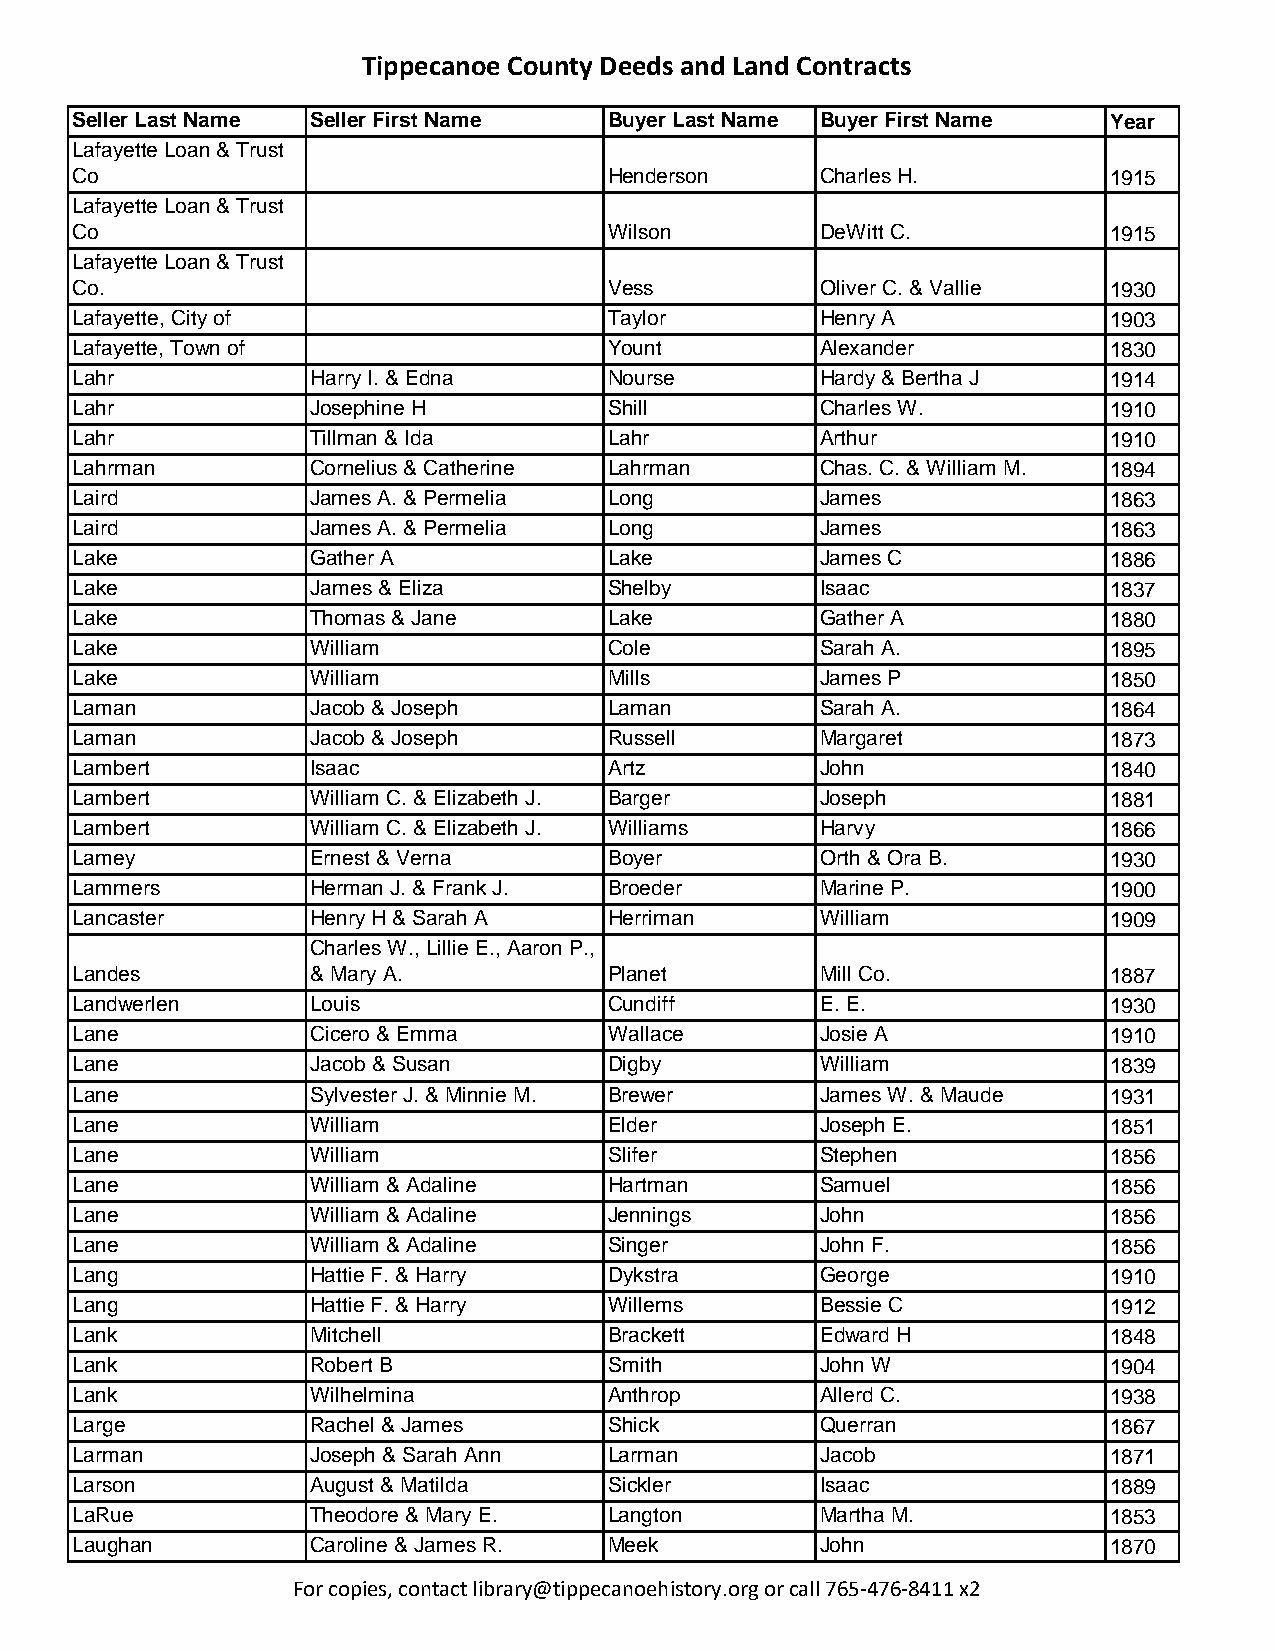
Tippecanoe County Deeds and Land Contracts
 Seller Last Name Seller First Name Buyer Last Name Buyer First Name Year
 Lafayette Loan & Trust
 Co                                 Henderson     Charles H.         1915
 Lafayette Loan & Trust
 Co                                 Wilson        DeWitt C.          1915
 Lafayette Loan & Trust
 Co.                                Vess          Oliver C. & Vallie 1930
 Lafayette, City of                 Taylor        Henry A            1903
 Lafayette, Town of                 Yount         Alexander          1830
 Lahr            Harry I. & Edna    Nourse        Hardy & Bertha J   1914
 Lahr            Josephine H        Shill         Charles W.         1910
 Lahr            Tillman & Ida      Lahr          Arthur             1910
 Lahrman         Cornelius & Catherine Lahrman    Chas. C. & William M. 1894
 Laird           James A. & Permelia Long         James              1863
 Laird           James A. & Permelia Long         James              1863
 Lake            Gather A           Lake          James C            1886
 Lake            James & Eliza      Shelby        Isaac              1837
 Lake            Thomas & Jane      Lake          Gather A           1880
 Lake            William            Cole          Sarah A.           1895
 Lake            William            Mills         James P            1850
 Laman           Jacob & Joseph     Laman         Sarah A.           1864
 Laman           Jacob & Joseph     Russell       Margaret           1873
 Lambert         Isaac              Artz          John               1840
 Lambert         William C. & Elizabeth J. Barger Joseph             1881
 Lambert         William C. & Elizabeth J. Williams Harvy            1866
 Lamey           Ernest & Verna     Boyer         Orth & Ora B.      1930
 Lammers         Herman J. & Frank J. Broeder     Marine P.          1900
 Lancaster       Henry H & Sarah A  Herriman      William            1909
 Charles W., Lillie E., Aaron P.,
 Landes          & Mary A.          Planet        Mill Co.           1887
 Landwerlen      Louis              Cundiff       E. E.              1930
 Lane            Cicero & Emma      Wallace       Josie A            1910
 Lane            Jacob & Susan      Digby         William            1839
 Lane            Sylvester J. & Minnie M. Brewer  James W. & Maude   1931
 Lane            William            Elder         Joseph E.          1851
 Lane            William            Slifer        Stephen            1856
 Lane            William & Adaline  Hartman       Samuel             1856
 Lane            William & Adaline  Jennings      John               1856
 Lane            William & Adaline  Singer        John F.            1856
 Lang            Hattie F. & Harry  Dykstra       George             1910
 Lang            Hattie F. & Harry  Willems       Bessie C           1912
 Lank            Mitchell           Brackett      Edward H           1848
 Lank            Robert B           Smith         John W             1904
 Lank            Wilhelmina         Anthrop       Allerd C.          1938
 Large           Rachel & James     Shick         Querran            1867
 Larman          Joseph & Sarah Ann Larman        Jacob              1871
 Larson          August & Matilda   Sickler       Isaac              1889
 LaRue           Theodore & Mary E. Langton       Martha M.          1853
 Laughan         Caroline & James R. Meek         John               1870
 For copies, contact library@tippecanoehistory.org or call 765-476-8411 x2